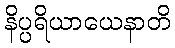
နိပ္ပရိယာယေနာတိ